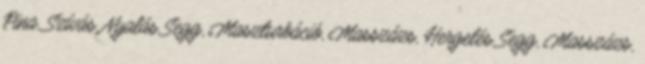
Pina, Szívás, Nyalás Segg, Maszturbáció, Masszázs, Hergelés Segg, Masszázs,